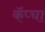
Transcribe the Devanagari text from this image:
कॅप्चा